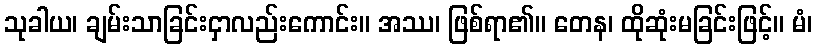
သုခါယ၊ ချမ်းသာခြင်းငှာလည်းကောင်း။ အဿ၊ ဖြစ်ရာ၏။ တေန၊ ထိုဆုံးမခြင်းဖြင့်။ မံ၊